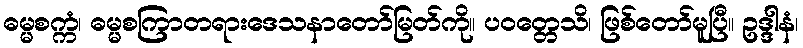
ဓမ္မစက္ကံ၊ ဓမ္မစကြာတရားဒေသနာတော်မြတ်ကို။ ပဝတ္တေသိ၊ ဖြစ်တော်မူပြီ။ ဥဒ္ဒါနံ၊